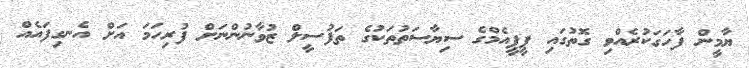
ޔާމީން ފާހަގަކުރެއްވި ގޮތުގައި ޕީޕީއެމްގެ ސިޔާސަތުތަކުގެ ތަފުސީލް ޒުވާނުންނަށް ފުރިހަމަ އަށް އެނގިފައެއް